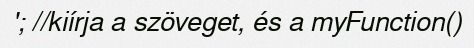
'; //kiírja a szöveget, és a myFunction()